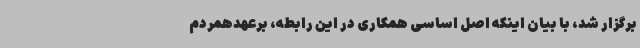
برگزار شد، با بیان اینکه اصل اساسی همکاری در این رابطه، برعهدهمردم